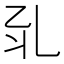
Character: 𠃡